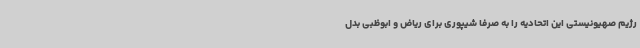
رژیم صهیونیستی این اتحادیه را به صرفا شیپوری برای ریاض و ابوظبی بدل